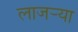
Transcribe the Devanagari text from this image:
लाजर्‍या